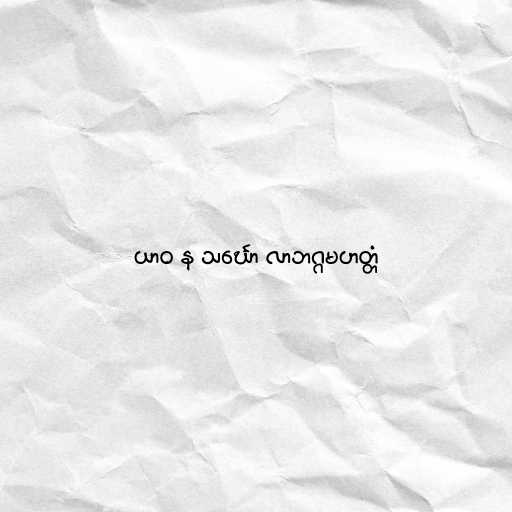
ယာဝ န သင်္ဃော လာဘဂ္ဂမဟတ္တံ